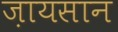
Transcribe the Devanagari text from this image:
ज़ायसान